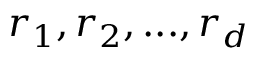
r _ { 1 } , r _ { 2 } , . . . , r _ { d }